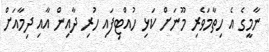
ނާމީގެ އެ ހިތާމަވެރި މޫނަށް ކަޅި ހުއްޓިފައި ހުރި ދާއިން އާއި ދިމާއަށް